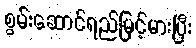
စွမ်းဆောင်ရည်မြင့်မားပြီး